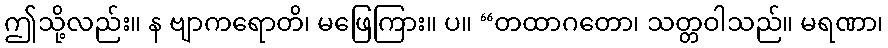
ဤသို့လည်း။ န ဗျာကရောတိ၊ မဖြေကြား။ ပ။ “တထာဂတော၊ သတ္တဝါသည်။ မရဏာ၊